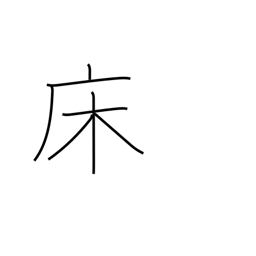
Meaning: bed